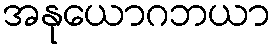
အနုယောဂဘယာ